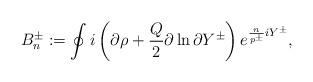
LaTeX: \begin{align*}B^{\pm}_n :=\oint i\left(\partial \rho+\frac{Q}{2}\partial \ln \partial Y^{\pm}\right) e^{\frac{n}{p^{\pm}}iY^{\pm}},\end{align*}